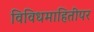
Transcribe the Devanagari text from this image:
विविधमाहितीपर